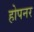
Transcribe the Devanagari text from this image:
होपनर